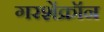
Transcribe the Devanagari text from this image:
गरशेंक्रॉन